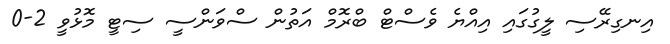
އިނގިރޭސި ލީގުގައި އިއްޔެ ވެސްޓް ބްރޮމް އަތުން ސްވަންސީ ސިޓީ މޮޅުވީ 2-0